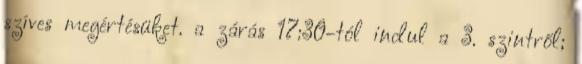
szíves megértésüket. a zárás 17:30-tól indul a 3. szintről;